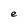
Character: e